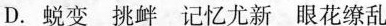
D. 蜕变 挑衅 记忆尤新 眼花缭乱